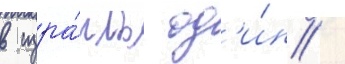
в изра́иль од'и́н /